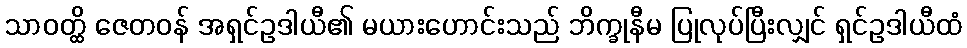
သာဝတ္ထိ ဇေတဝန် အရှင်ဥဒါယီ၏ မယားဟောင်းသည် ဘိက္ခုနီမ ပြုလုပ်ပြီးလျှင် ရှင်ဥဒါယီထံ